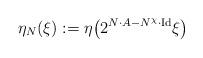
LaTeX: \begin{align*}\eta_N(\xi):= \eta\big(2^{N \cdot A- N^{\chi}\cdot \rm{Id}}\xi\big)\end{align*}